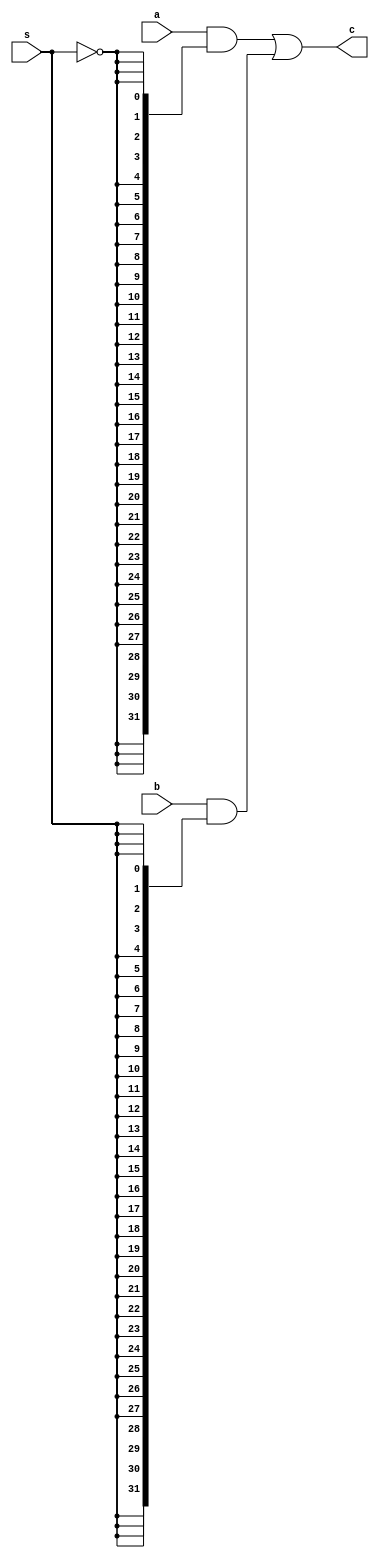
module multiplexer_2x1_32_bit(input s, input [31 : 0] a, input [31 : 0] b, output [31 : 0] c);
	
	//s=0 -> a, s=1 -> b 
	assign c = (a & {32{~s}}) | (b & {32{s}});
	
endmodule